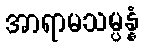
အာရာမသမ္ပန္နံ